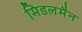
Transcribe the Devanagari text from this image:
मिडलमैन